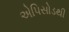
એપિસોડથી